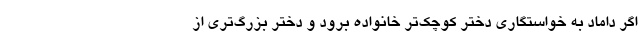
اگر داماد به خواستگاری دختر کوچک‌تر خانواده برود و دختر بزرگ‌تری از